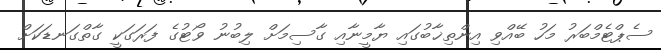
ސެޕްޓެމްބަރު މަހު ބޭއްވި އިންތިޚާބުގައި ޔާމީނާއި ގާސިމަށް ލިބުނު ވޯޓުގެ ފަރަގަކީ ގާތްގަނޑަކަށް